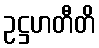
ဥဋ္ဌဟတီတိ